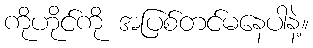
ကိုဟိုင်ကို အပြစ်တင်မနေပါနဲ့။